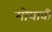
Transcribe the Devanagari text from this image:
मोयावी